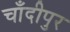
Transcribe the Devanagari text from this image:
चाँदीपुर